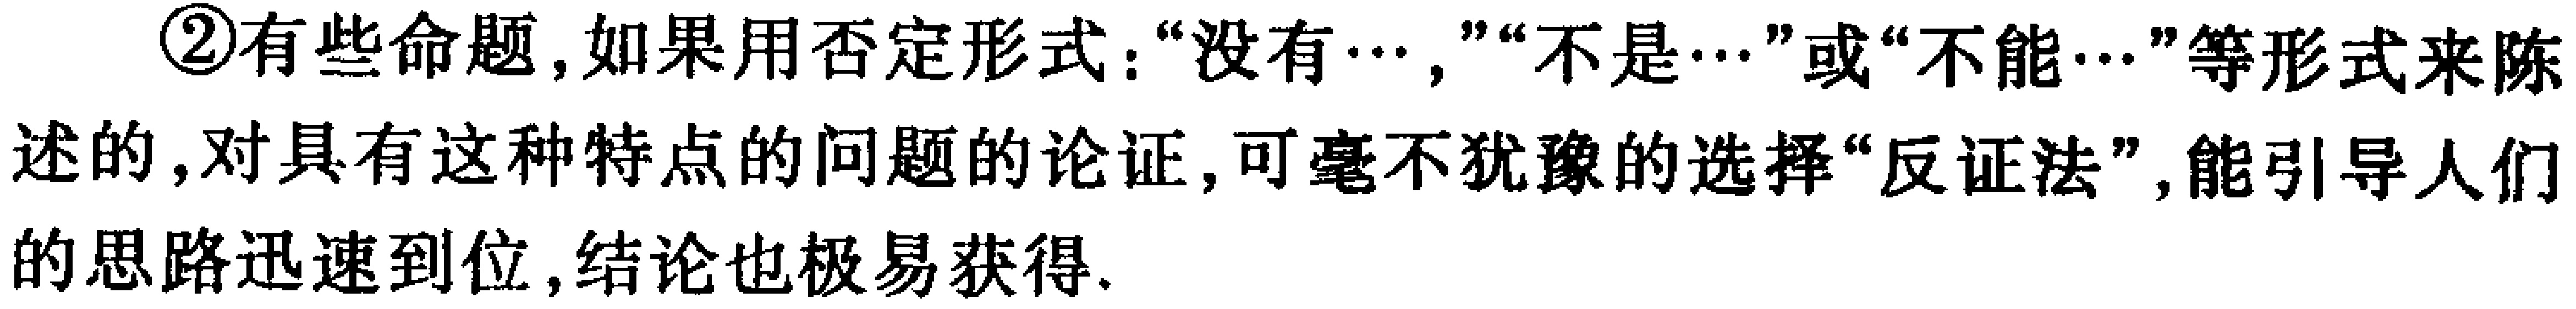
\textcircled{2}有些命题，如果用否定形式：“没有…,”“不是…”或“不能…”等形式来陈述的，对具有这种特点的问题的论证，可毫不犹豫的选择“反证法”,能引导人们的思路迅速到位，结论也极易获得.